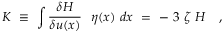
K \ \equiv \ \int \frac { \delta H } { \delta u ( x ) } \ \ \eta ( x ) \ d x \ = \ - \ 3 \ \zeta \ H \ \ \ ,